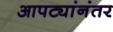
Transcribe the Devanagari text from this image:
आपट्यांनंतर